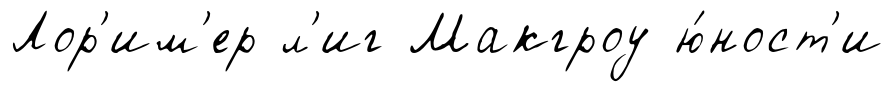
Лор'им'ер л'иг Макгроу ю́ност'и